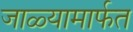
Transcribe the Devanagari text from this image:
जाळ्यामार्फत